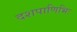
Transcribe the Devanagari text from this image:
दशपाणिभिः